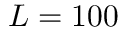
L = 1 0 0